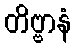
တိဗ္ဗာနံ